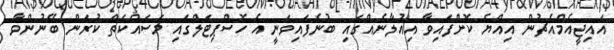
އައިޖީއެމްއެޗުން އިއްޔެ ކޮށްފައިވާ އިއުލާނެއްގައި ބުނެފައިވަނީ އެ ހޮސްޕިޓަލްގައި މަސައްކަތް ކުރަން ބޭނުންވާ